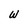
Character: W